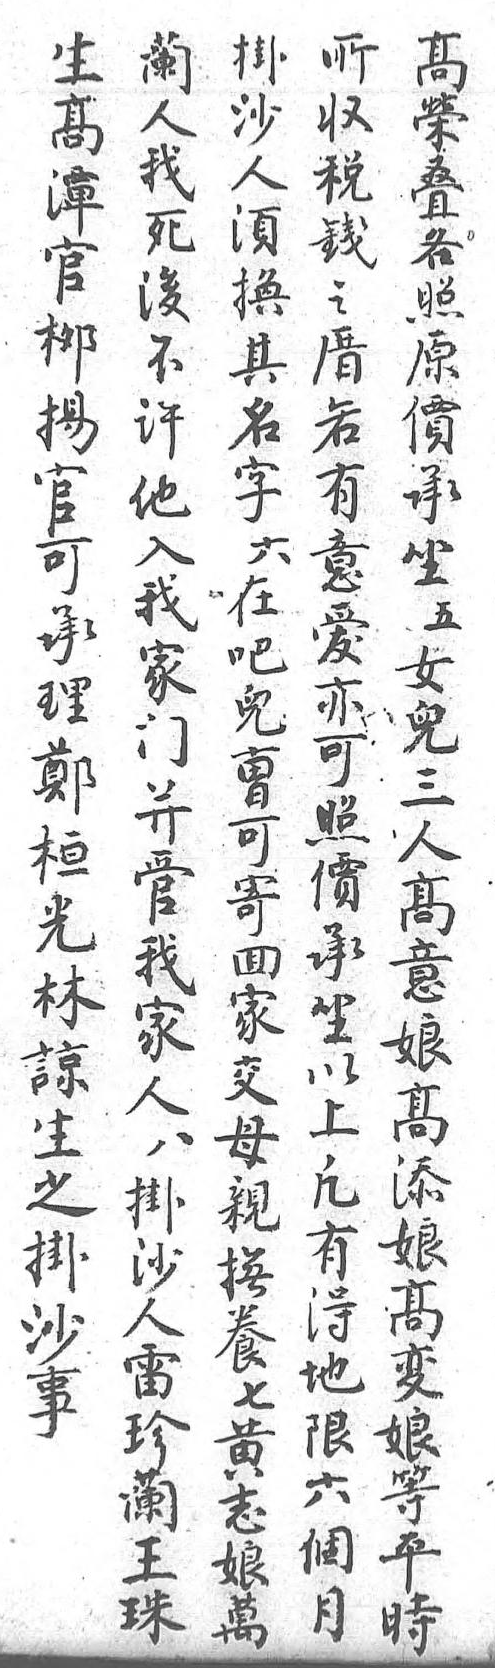
掛高所蘭沙榮收人人叠税我須各錢死換照之後其原厝不名價若許字承有他六坐意入在五愛我吧女亦家兒兒可門曹三照並可人價管寄高承我回意坐家家娘以人交高上八母添凡掛親娘有沙撫高得人養變地雷七娘限珍黄等六蘭志平個王娘時月珠萬